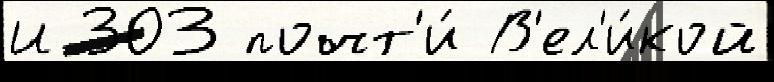
И 303 почт'и́ В'ел'и́кой